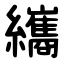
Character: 纗